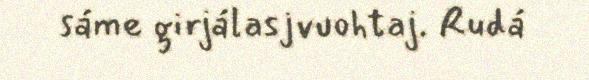
sáme girjálasjvuohtaj. Rudá